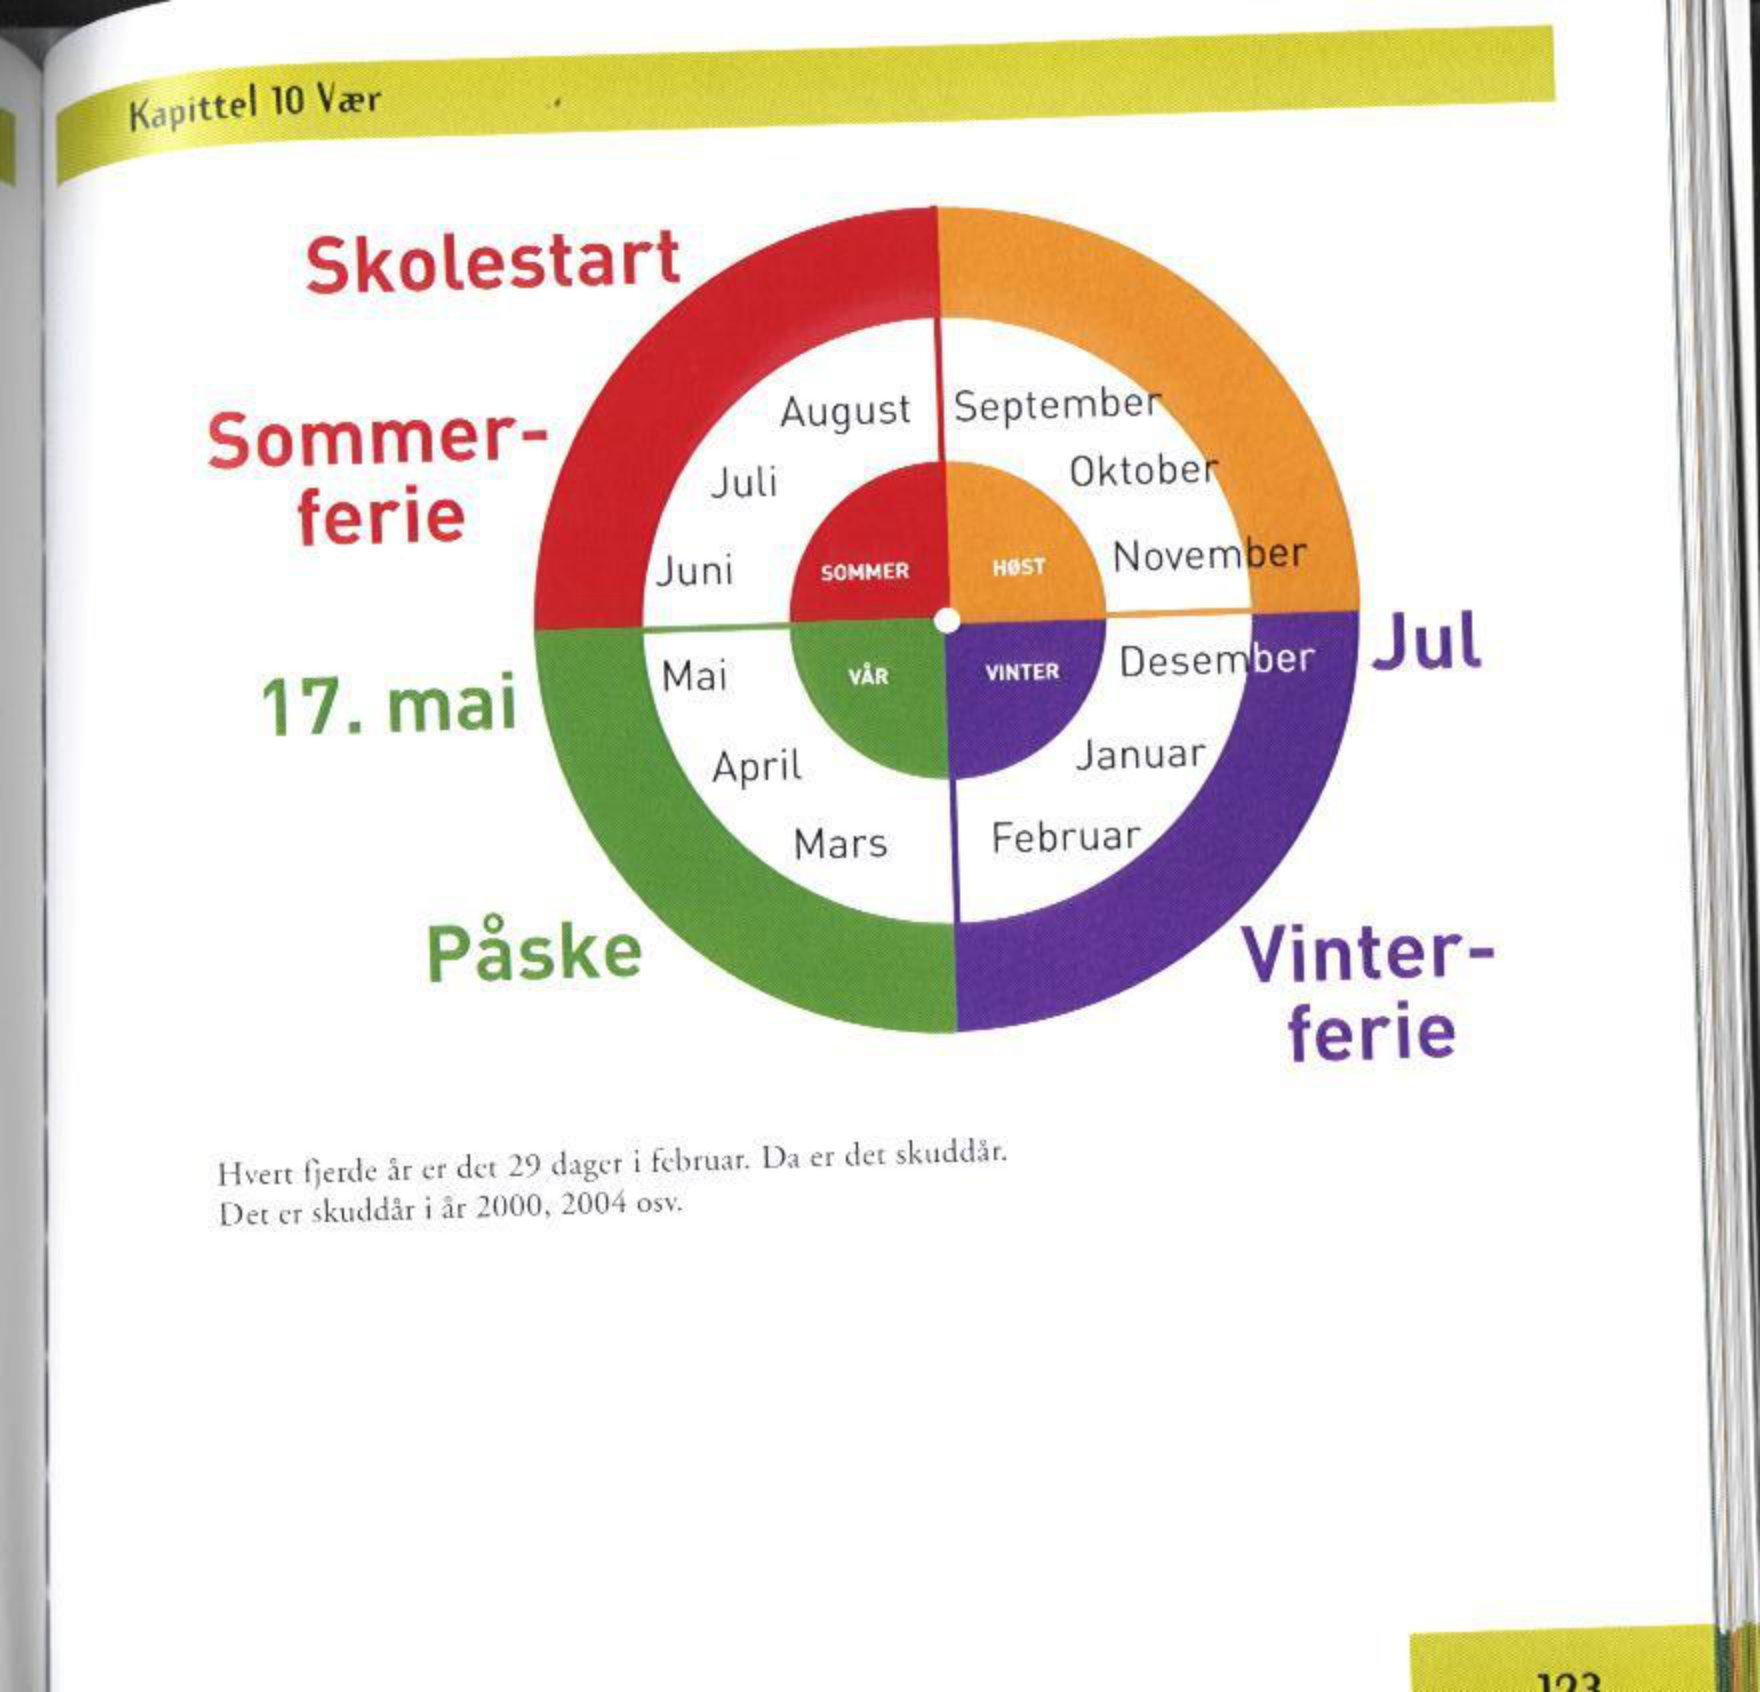
Language: no